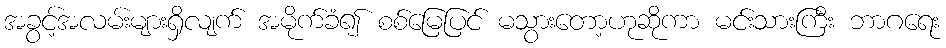
အခွင့်အလမ်းများရှိလျက် အမိုက်ခံ၍ စစ်မြေပြင် မသွားတော့ဟုဆိုကာ မင်းသားကြီး ဘာဂရေး